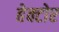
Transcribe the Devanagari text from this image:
हेक्टोर